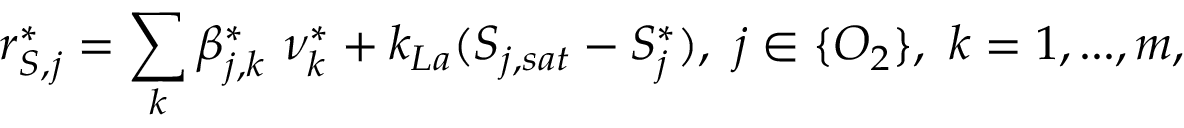
r _ { S , j } ^ { * } = \sum _ { k } \beta _ { j , k } ^ { * } \ \nu _ { k } ^ { * } + k _ { L a } ( S _ { j , s a t } - S _ { j } ^ { * } ) , \ j \in \{ O _ { 2 } \} , \ k = 1 , . . . , m ,